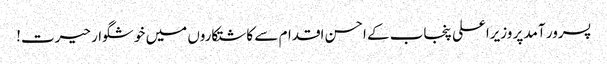
پسرور آمد پر وزیراعلی پنجاب کے احسن اقدام سے کاشتکاروں میں خوشگوار حیرت!